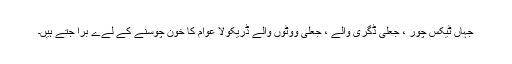
جہاں ٹیکس چور ، جعلی ڈگری والے ، جعلی ووٹوں والے ڈریکولا عوام کا خون چوسنے کے لےے برا جتے ہیں۔